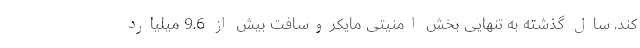
کند. سال گذشته به تنهایی بخش امنیتی مایکروسافت بیش از 9.6 میلیارد